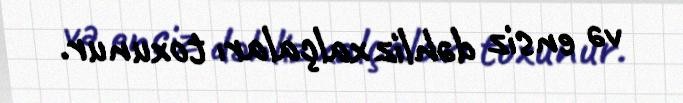
və ensiz dəhliz xalçaları toxunur.